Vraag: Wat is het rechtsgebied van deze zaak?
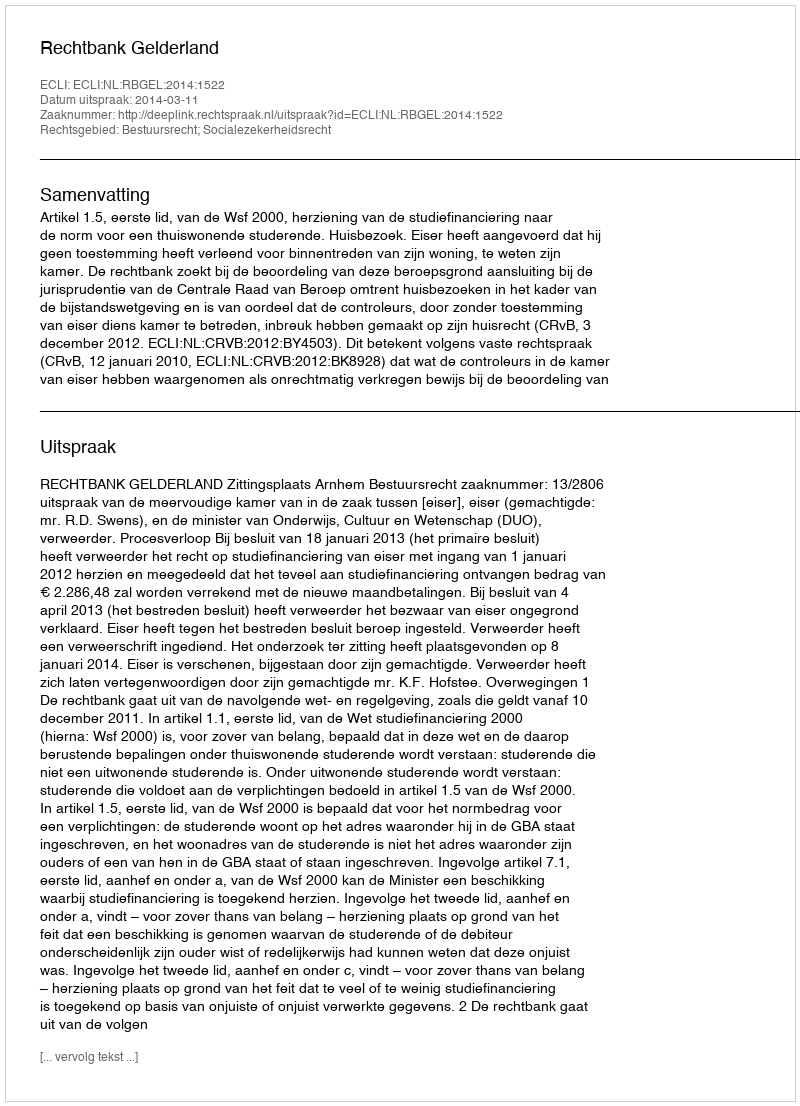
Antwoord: Bestuursrecht; Socialezekerheidsrecht